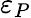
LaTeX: \varepsilon_{P}